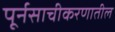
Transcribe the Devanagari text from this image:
पूर्नसाचीकरणातील